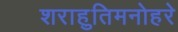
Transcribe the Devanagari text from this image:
शराहुतिमनोहरे